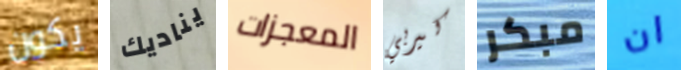
يكون يناديك المعجزات كيربي مبكر ان